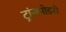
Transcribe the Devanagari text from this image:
ट्रांसपोडरों